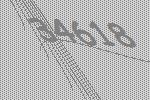
34618